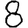
Digit: 8